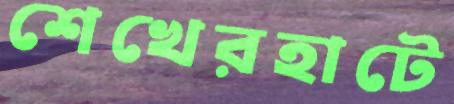
শেখেরহাটে